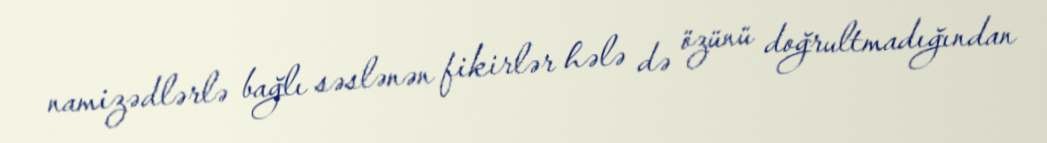
namizədlərlə bağlı səslənən fikirlər hələ də özünü doğrultmadığından